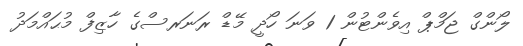
ލޯންގް ޖަމްޕް އިވެންޓުން 1 ވަނަ ހޯދީ މޭޑް ރަނަރސްގެ ހާޒިފް މުޙައްމަދު